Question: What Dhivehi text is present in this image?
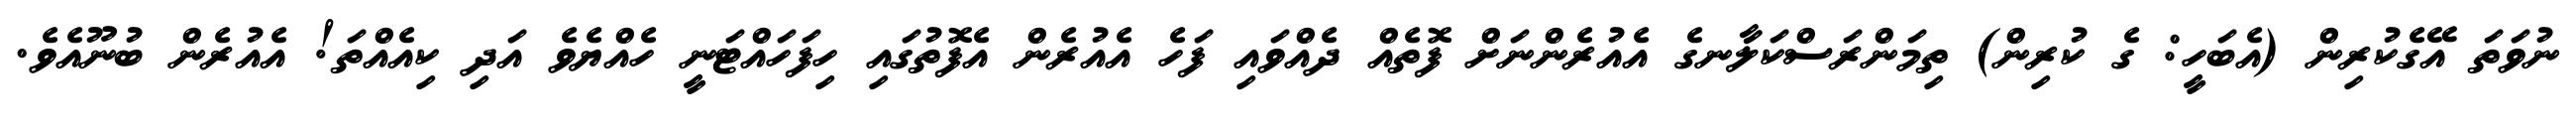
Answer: ނުވަތަ އޭގެކުރިން (އެބަހީ: ގެ ކުރިން) ތިމަންރަސްކަލާނގެ އެއުރެންނަށް ފޮތެއް ދެއްވައި ފަހެ އެއުރެން އެފޮތުގައި ހިފަހައްޓަނީ ހެއްޔެވެ އަދި ކިއެއްތަ! އެއުރެން ބުނޫއެވެ.